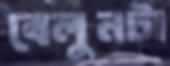
বেলুনটা